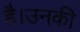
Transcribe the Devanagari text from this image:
है।उनकी